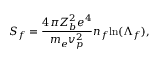
S _ { f } = \frac { 4 \pi Z _ { b } ^ { 2 } e ^ { 4 } } { m _ { e } v _ { p } ^ { 2 } } n _ { f } \mathrm { l n } ( \Lambda _ { f } ) ,